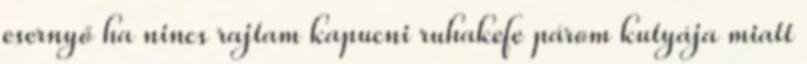
esernyő ha nincs rajtam kapucni ruhakefe párom kutyája miatt